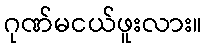
ဂုဏ်မငယ်ဖူးလား။